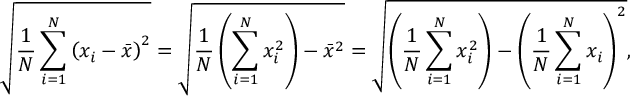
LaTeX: { \sqrt { { \frac { 1 } { N } } \sum _ { i = 1 } ^ { N } \left( x _ { i } - { \bar { x } } \right) ^ { 2 } } } = { \sqrt { { \frac { 1 } { N } } \left( \sum _ { i = 1 } ^ { N } x _ { i } ^ { 2 } \right) - { \bar { x } } ^ { 2 } } } = { \sqrt { \left( { \frac { 1 } { N } } \sum _ { i = 1 } ^ { N } x _ { i } ^ { 2 } \right) - \left( { \frac { 1 } { N } } \sum _ { i = 1 } ^ { N } x _ { i } \right) ^ { 2 } } } ,